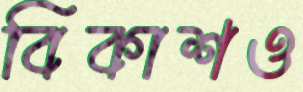
বিকাশও